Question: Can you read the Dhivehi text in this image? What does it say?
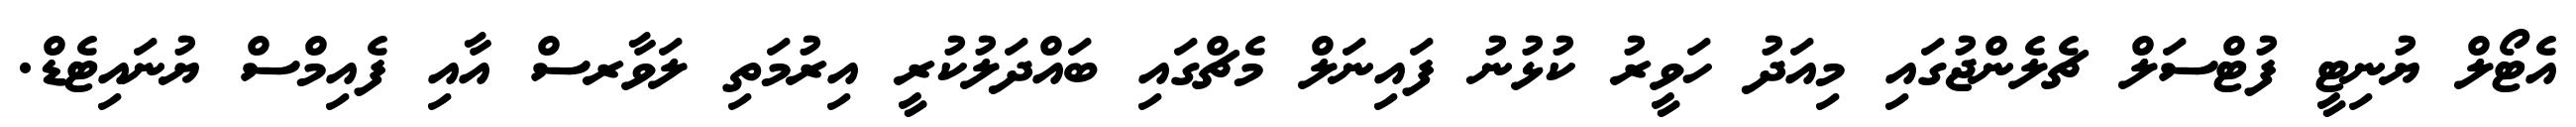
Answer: އެޓޯލް ޔުނިޓީ ފުޓްސަލް ޗެލެންޖުގައި މިއަދު ހަވީރު ކުޅުނު ފައިނަލް މެޗްގައި ބައްދަލުކުރީ އިރުމަތި ލަވާރސް އާއި ފެއިމްސް ޔުނައިޓެޑް.